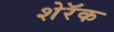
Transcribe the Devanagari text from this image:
शेरॅक